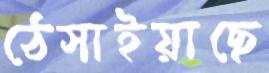
ঠেসাইয়াছে